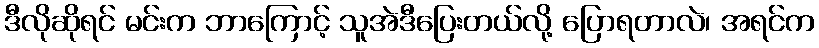
ဒီလိုဆိုရင် မင်းက ဘာကြောင့် သူအဲဒီပြေးတယ်လို့ ပြောရတာလဲ၊ အရင်က